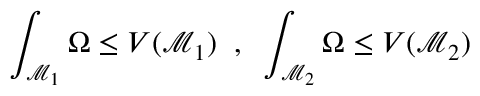
\int _ { \mathcal { M } _ { 1 } } \Omega \le V ( \mathcal { M } _ { 1 } ) \; \; , \; \; \int _ { \mathcal { M } _ { 2 } } \Omega \le V ( \mathcal { M } _ { 2 } )